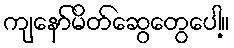
ကျနော်မိတ်ဆွေတွေပေါ့။